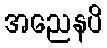
အညေနပိ